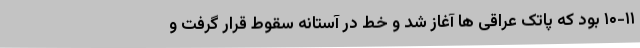
۱۰-۱۱ بود که پاتک عراقی ها آغاز شد و خط در آستانه سقوط قرار گرفت و